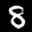
Label: 8